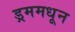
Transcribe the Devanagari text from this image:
ड्रममधून